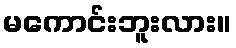
မကောင်းဘူးလား။